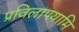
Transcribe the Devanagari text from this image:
प्रविलापयामि